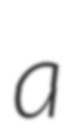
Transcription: a